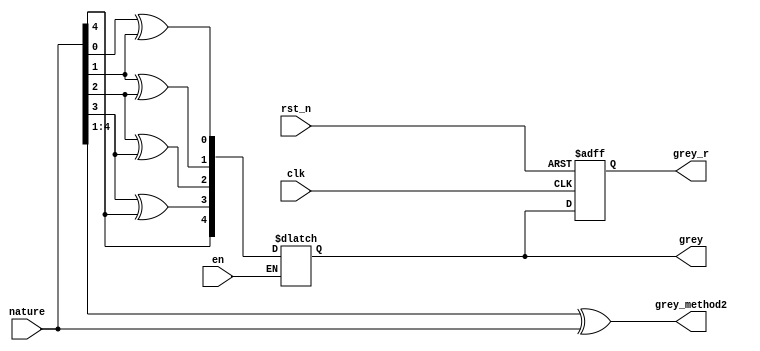
module nature2grey
#(
parameter WIDTH = 5
)
(
  input clk,
  input rst_n,
  
  
  input en,
  input [WIDTH-1:0] nature,
  output reg [WIDTH-1:0] grey,
  output reg [WIDTH-1:0] grey_r,
  output wire [WIDTH-1:0] grey_method2
);


always @(posedge clk, negedge rst_n) begin
  if(!rst_n)
    grey_r <= 0;
  else 
    grey_r <= grey; 
end

integer i;
always @(*) begin
  if(en) begin
    grey[WIDTH-1] = nature[WIDTH-1];
    for (i=0;i<WIDTH-1;i=i+1)
      grey[i] = nature[i]^nature[i+1];
  end
end

assign grey_method2 = (nature>>1)^nature;

endmodule